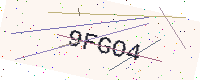
Text: 9FGO4